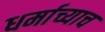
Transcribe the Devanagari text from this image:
धर्माच्याच